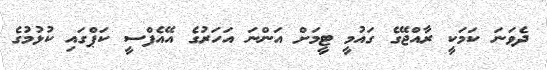
ދެވަނަ ކަމަކީ ރާއްޖޭގެ ގައުމީ ޓީމަށް އަންނަ އަހަރުގެ އޭއެފްސީ ކަޕްގައި ކުޅުމުގެ